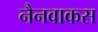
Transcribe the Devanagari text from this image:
नैनवाकस